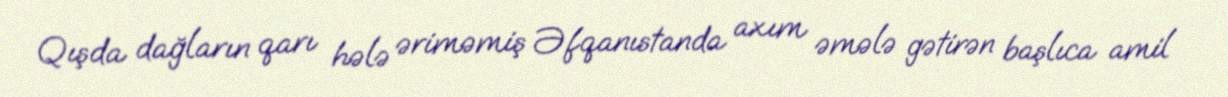
Qışda dağların qarı hələ əriməmiş Əfqanıstanda axım əmələ gətirən başlıca amil